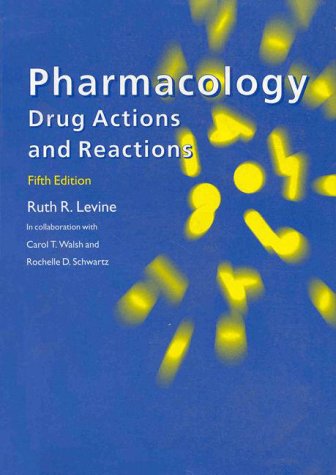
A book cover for Pharmacology: Drug Actions and Reactions, 5th Edition; Ruth R. Levine; Medical Books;